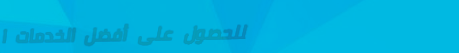
للحصول على أفضل الخدمات ا